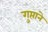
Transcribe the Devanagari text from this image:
गुप्ताने